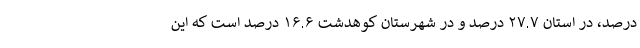
درصد، در استان ۲۷.۷ درصد و در شهرستان کوهدشت ۱۶.۶ درصد است که این